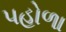
પહોળા